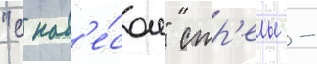
"с нав'е́сом" стр'елы -